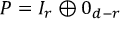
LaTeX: P = I _ { r } \oplus 0 _ { d - r }